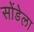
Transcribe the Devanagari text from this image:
सोंडेला